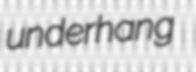
underhang